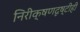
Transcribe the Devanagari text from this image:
निरीक्षणदृष्टीही